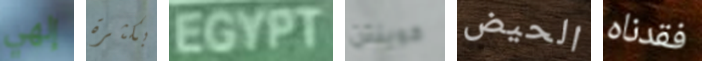
إلهي بكثرة EGYPT كوينتن الحيض فقدناه